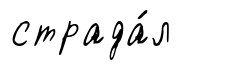
страда́л